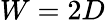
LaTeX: W=2D